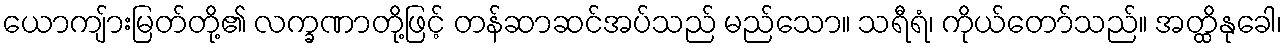
ယောကျ်ားမြတ်တို့၏ လက္ခဏာတို့ဖြင့် တန်ဆာဆင်အပ်သည် မည်သော။ သရီရံ၊ ကိုယ်တော်သည်။ အတ္ထိနုခေါ၊